Indian journal of veterinary science and animal husbandry - Volumes 15-17, 1948-1951
Year: 1948
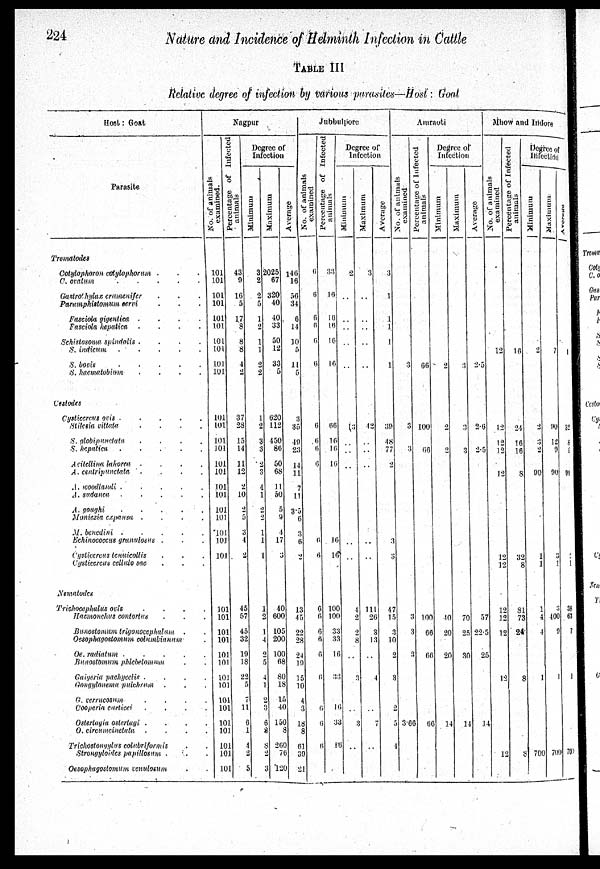
224
Nature and Incidence of Helminth Infection in Cattle
TABLE III
Relative degree of infection by Various parasites—Host : Goat
Host: Croat
Parasite
Trematodes
Cotylophoron cotylophorum . . .
C. ovatum
.
.
.
.
.
Gastrothylax crumenifer . . .
Paramphistomum cervi . . .
Fasciola gigentica .
.
.
.
Fasciola hepatica .
.
.
.
Schistosoma spindalis .
.
.
.
S. indicum
.
.
.
.
.
S.
bovis
.
.
.
.
.
S. hacmatobium
.
.
.
.
Cestodes
Cysticercus ovis .
.
.
.
.
Stilasia vittata .
.
.
.
S. globipunctuta .
.
.
.
S. hepatica
.
.
.
.
.
A riteling lahorcu .
.
.
.
A.centripunctata . . . .
A. woodlandi .
.
.
.
.
A. sudanca .
.
.
.
.
A.
goughi
.
.
.
.
.
Moniczia expansa .
.
.
.
M. benedini
.
.
.
.
.
Echinococcus granulosus . . .
Cysticercus tenuicollis . . .
Cysticercus cellule sae . . .
Nematodes
Trichocephalus ovis .
.
.
.
Haemonchus contortus . . .
Bunostomum trigonocephalum . .
Oesophagostomum columbiamum .
Oe. radiatum
.
.
.
.
.
Bunostomum phlebetomum . .
Gaigeria pachycelis .
.
.
.
Gongylonema pulchrum . . .
G. verrucosum
.
.
.
.
Cooperia, curticei
.
.
. .
Ostertagia ostertugi .
.
.
.
O. circumcinetata . . . .
Trichostongylus colubriformis . .
Strongyloides papillosum . . .
Oesophagostomum venulosum . .
Nagpur
No. of animals
examined.
101
101
101
101
101
101
101
101
101
101
101
101
101
101
101
101
101
101
101
101
101
101
101
101
101
101
101
101
101
101
101
101
101
101
101
101
101
101
Percentage of Infected
animals
43
9
16
5
17
8
8
8
4
2
37
28
15
14
11
12
2
10
2
5
3
4
2
45
57
45
32
19
18
22
5
7
11
6
1
4
2
5
Degree of
Infection
Minimum
3
2
2
5
1
2
1
1
2
2
1
2
3
3
2
3
4
1
2
2
1
1
1
1
2
1
4
2
5
4
1
2
3
6
8
8
2
3
Maximum
2025
67
320
40
40
33
50
12
33
5
620
112
450
86
50
68
11
50
5
9
4
17
3
40
600
105
200
100
68
80
18
15
40
150
8
200
76
120
Average
146
16
56
34
6
14
10
5
11
5
3
35
49
23
14
11
7
11
3.5
6
3
6
2
13
45
22
28
24
19
15
10
4
3
18
8
61
39
21
Jubbulpore
No. of animals
examined
6
6
6
6
6
6
6
6
6
6
6
6
6
6
6
6
6
6
6
6
6
Percentage of Infected
animals
33
46
16
16
16
16
66
16
16
16
16
16
100
100
33
33
16
33
16
33
16
Degree of
Infection
Minimum
2
..
..
..
..
..
3
..
..
..
..
..
4
2
2
8
..
3
..
3
..
Maximum
3
..
..
..
..
..
42
..
..
..
..
..
111
26
3
43
..
4
..
7
..
Average
3
1
1
1
1
1
39
48
77
2
3
3
47
15
3
10
2
3
2
5
4
Amraoti
No. of animals
examined
3
3
3
3
3
3
3.66
Percentage of Infected
animals
66
100
66
100
66
66
56
Degree or
Infection
Minimum
2
2
2
40
20
20
14
Maximum
3
3
3
70
25
30
14
Average
2.5
2.6
2.5
57
22.5
25
14
Mhow and Indore
No.
of animals
examined
12
12
12
12
12
12
12
12
12
12
12
12
Percentage of Infected
animals
16
24
16
16
8
32
8
81
73
24
8
8
Degree of
Infection
Minimum
2
2
3
2
90
1
1
1
4
4
1
700
Maximum
7
90
12
9
90
3
1
3
400
9
1
700
Average
32
8
6
90
2
1
38
63
7
1
700